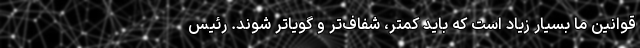
قوانین ما بسیار زیاد است که باید کمتر، شفاف‌تر و گویاتر شوند. رئیس